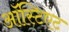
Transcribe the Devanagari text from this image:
ऑस्टिएट